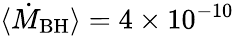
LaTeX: \langle\dot{M}_{\mathrm{BH}}\rangle=4\times 10^{-10}